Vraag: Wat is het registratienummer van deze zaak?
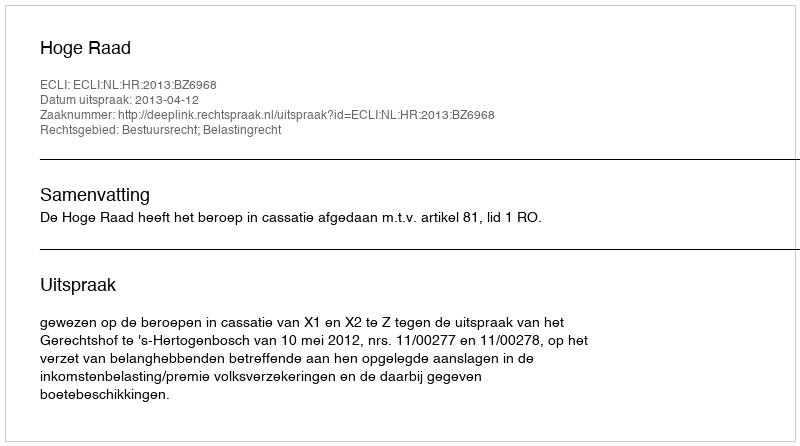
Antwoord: http://deeplink.rechtspraak.nl/uitspraak?id=ECLI:NL:HR:2013:BZ6968